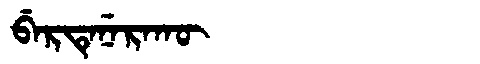
Manchu: ᠪᡝᡵᡨᡝᠨᡝᡵᠠᡴᡡ
Romanization: BERTENERAKŪ